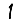
Digit: 1